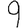
Digit: 9